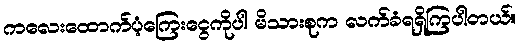
ကလေးထောက်ပံ့ကြေးငွေကိုပါ မိသားစုက လက်ခံရရှိကြပါတယ်။